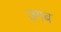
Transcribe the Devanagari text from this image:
उगब